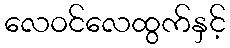
လေဝင်လေထွက်နှင့်